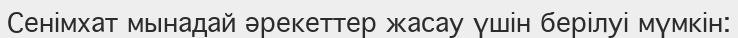
Сенімхат мынадай әрекеттер жасау үшін берілуі мүмкін: